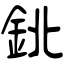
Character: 鉳